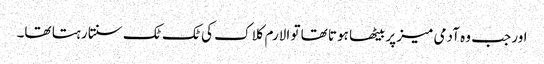
اور جب وہ آدمی میز پر بیٹھا ہوتا تھا تو الارم کلاک کی ٹک ٹک سنتا رہتا تھا۔